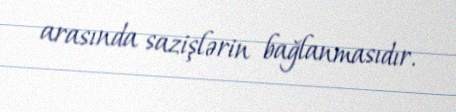
arasında sazişlərin bağlanmasıdır.